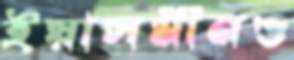
ইয়াসমীনও